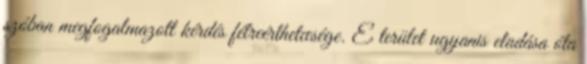
szóban megfogalmazott kérdés félreérthetœsége. E terület ugyanis eladása óta